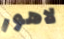
لاهور